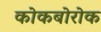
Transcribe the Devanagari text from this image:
कोकबोरोक